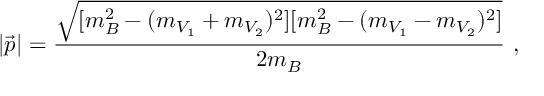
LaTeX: | \vec { p } | = \frac { \sqrt { [ m _ { B } ^ { 2 } - ( m _ { V _ { 1 } } + m _ { V _ { 2 } } ) ^ { 2 } ] [ m _ { B } ^ { 2 } - ( m _ { V _ { 1 } } - m _ { V _ { 2 } } ) ^ { 2 } ] } } { 2 m _ { B } } \ ,